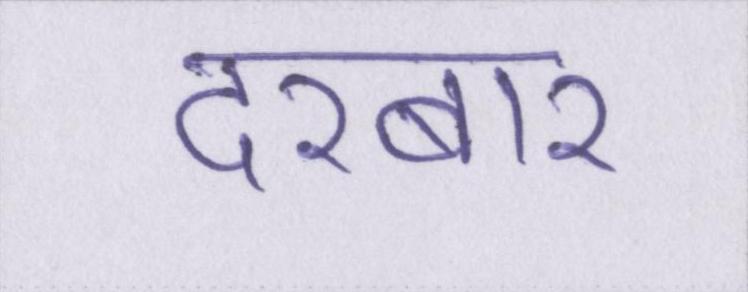
दरबार